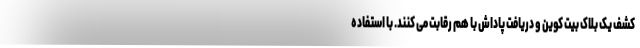
کشف یک بلاک بیت کوین و دریافت پاداش با هم رقابت می کنند. با استفاده